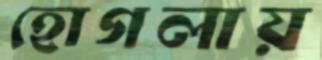
হোগলায়